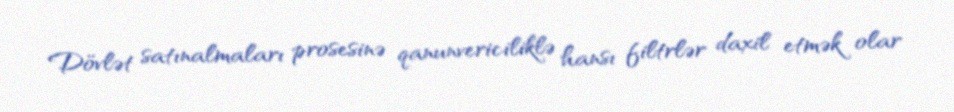
Dövlət satınalmaları prosesinə qanunvericiliklə hansı filtrlər daxil etmək olar